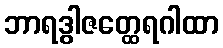
ဘာရဒွါဇတ္ထေရဂါထာ